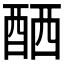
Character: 𨠴